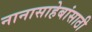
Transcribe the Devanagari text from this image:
नानासाहेबांसाठी